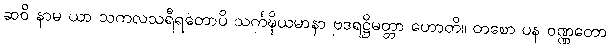
ဆဝိ နာမ ယာ သကလသရီရတောပိ သင်္ကဍ္ဎိယမာနာ ဗဒရဋ္ဌိမတ္တာ ဟောတိ။ တစော ပန ဝဏ္ဏတော